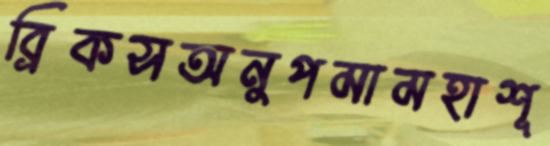
ব্রিকসঅনুপমামহাশূ